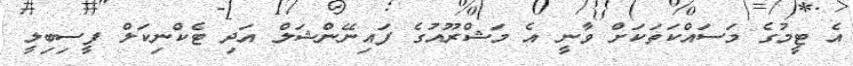
އެ ޓީމުގެ މަސައްކަތަކަށް ވާނީ އެ މަޝްރޫއުގެ ފައިނޭންޝަލް އަދި ޓެކްނިކަލް ފީސިބިލީ